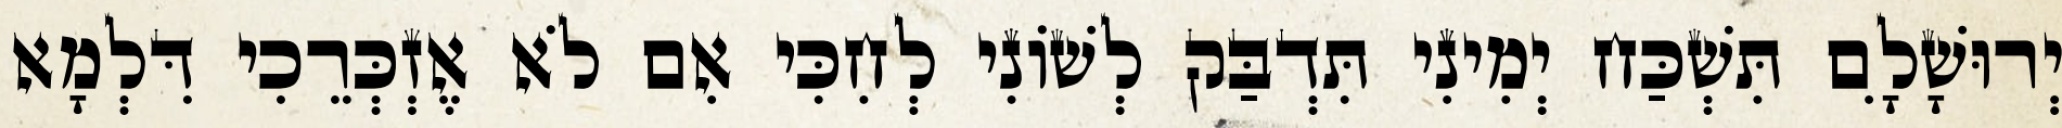
יְרוּשָׁלִָם תִּשְׁכַּח יְמִינִי תִּדְבַּק לְשׁוֹנִי לְחִכִּי אִם לֹא אֶזְכְּרֵכִי דִּלְמָא